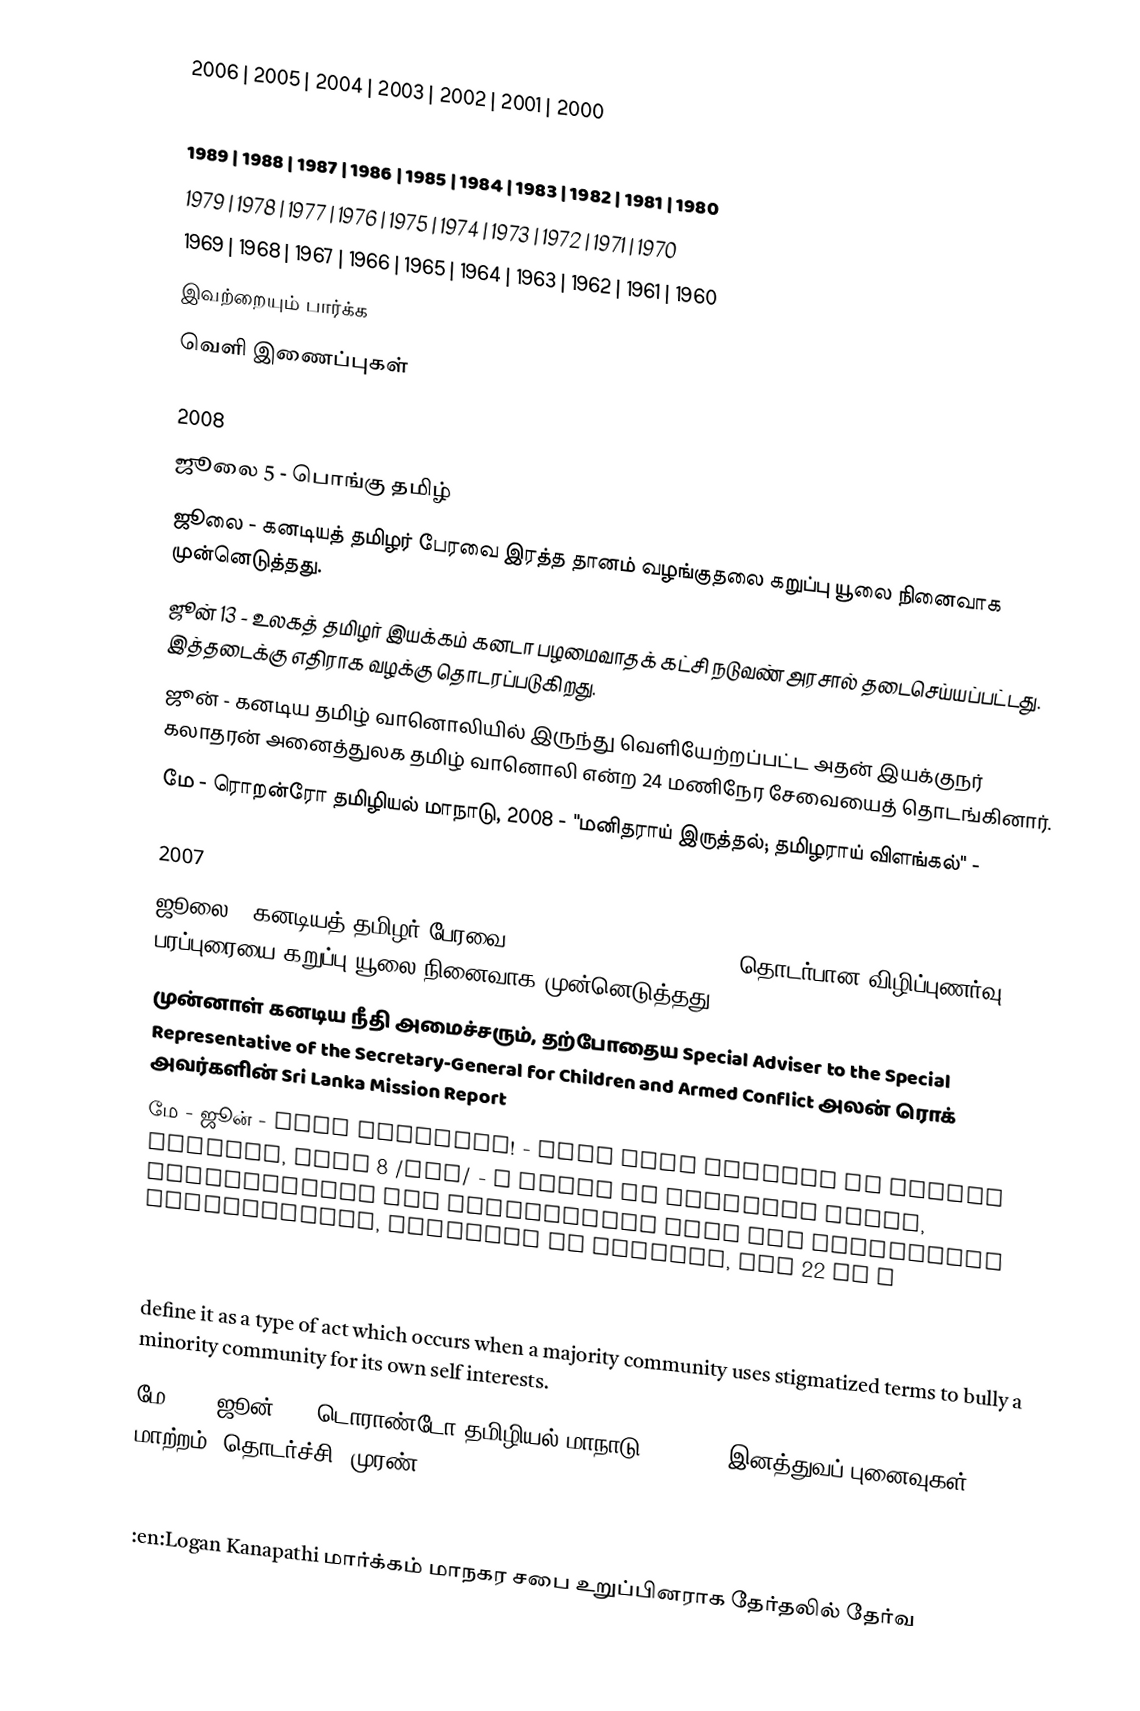
2006 | 2005 | 2004 | 2003 | 2002 | 2001 | 2000
1999 | 1998 | 1997 | 1996 | 1995 | 1994 | 1993 | 1992 | 1991 | 1990
1989 | 1988 | 1987 | 1986 | 1985 | 1984 | 1983 | 1982 | 1981 | 1980
1979 | 1978 | 1977 | 1976 | 1975 | 1974 | 1973 | 1972 | 1971 | 1970
1969 | 1968 | 1967 | 1966 | 1965 | 1964 | 1963 | 1962 | 1961 | 1960
இவற்றையும் பார்க்க
வெளி இணைப்புகள்

2008
 ஜூலை 5 - பொங்கு தமிழ்
 ஜூலை - கனடியத் தமிழர் பேரவை இரத்த தானம் வழங்குதலை கறுப்பு யூலை நினைவாக முன்னெடுத்தது.
 ஜூன் 13 - உலகத் தமிழர் இயக்கம்  கனடா பழமைவாதக் கட்சி நடுவண் அரசால் தடைசெய்யப்பட்டது. இத்தடைக்கு எதிராக வழக்கு தொடரப்படுகிறது.
 ஜூன் - கனடிய தமிழ் வானொலியில் இருந்து வெளியேற்றப்பட்ட அதன் இயக்குநர் கலாதரன் அனைத்துலக தமிழ் வானொலி என்ற 24 மணிநேர சேவையைத் தொடங்கினார்.
 மே - ரொறன்ரோ தமிழியல் மாநாடு, 2008 -  "மனிதராய் இருத்தல்; தமிழராய் விளங்கல்" -

2007
 ஜூலை - கனடியத் தமிழர் பேரவை organ and tissue Donation  தொடர்பான விழிப்புணர்வு பரப்புரையை கறுப்பு யூலை நினைவாக முன்னெடுத்தது.
 முன்னாள் கனடிய நீதி அமைச்சரும், தற்போதைய Special Adviser to the Special Representative of the Secretary-General for Children and Armed Conflict அலன் ரொக் அவர்களின் Sri Lanka Mission Report
 மே - ஜூன் - Stop Errorism! - Walk from Toronto to Ottawa TORONTO, June 8 /CNW/ - A group of Canadian youth, unassociated and independent from any particular organization, embarked on Tuesday, May 22 on a
three week walk from Toronto to Ottawa to raise awareness for a campaign titled "Stop Errorism!" The campaign was launched on May 22nd, 2007 at Nathan Phillips Square, Toronto and is due to be completed on June 11th, 2007 in Parliament Hill, Ottawa.  Errorism is a term that we have derived from the word terrorism, and we
define it as a type of act which occurs when a majority community uses stigmatized terms to bully a minority community for its own self interests.
 மே 31 - ஜூன் 2 - டொராண்டோ தமிழியல் மாநாடு, 2007 - "இனத்துவப் புனைவுகள்: மாற்றம், தொடர்ச்சி, முரண்"

2006
 :en:Logan Kanapathi மார்க்கம் மாநகர சபை உறுப்பினராக தேர்தலில் தேர்வ